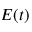
E ( t )